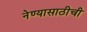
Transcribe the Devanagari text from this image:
नेण्यासाठीची